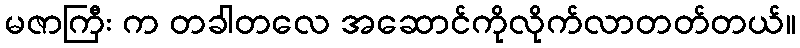
မဇာကြီး က တခါတလေ အဆောင်ကိုလိုက်လာတတ်တယ်။